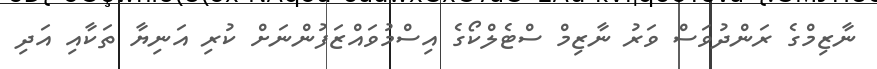
ނާޒިމްގެ ރަންދުވަސް ވަރު ނާޒިމް ސްޓެލްކޯގެ އިސްމުވައްޒަފުންނަށް ކުރި އަނިޔާ ތަކާއި އަދި